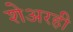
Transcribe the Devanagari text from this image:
शेअरही